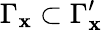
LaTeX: \Gamma_{\mathbf{x}}\subset\Gamma_{\mathbf{x}}^{\prime}